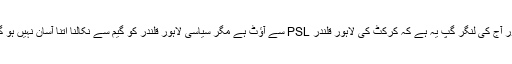
اور آج کی لنگر گپ یہ ہے کہ کرکٹ کی لاہور قلندر PSL سے آؤٹ ہے مگر سیاسی لاہور قلندر کو گیم سے نکالنا اتنا آسان نہیں ہو گا۔